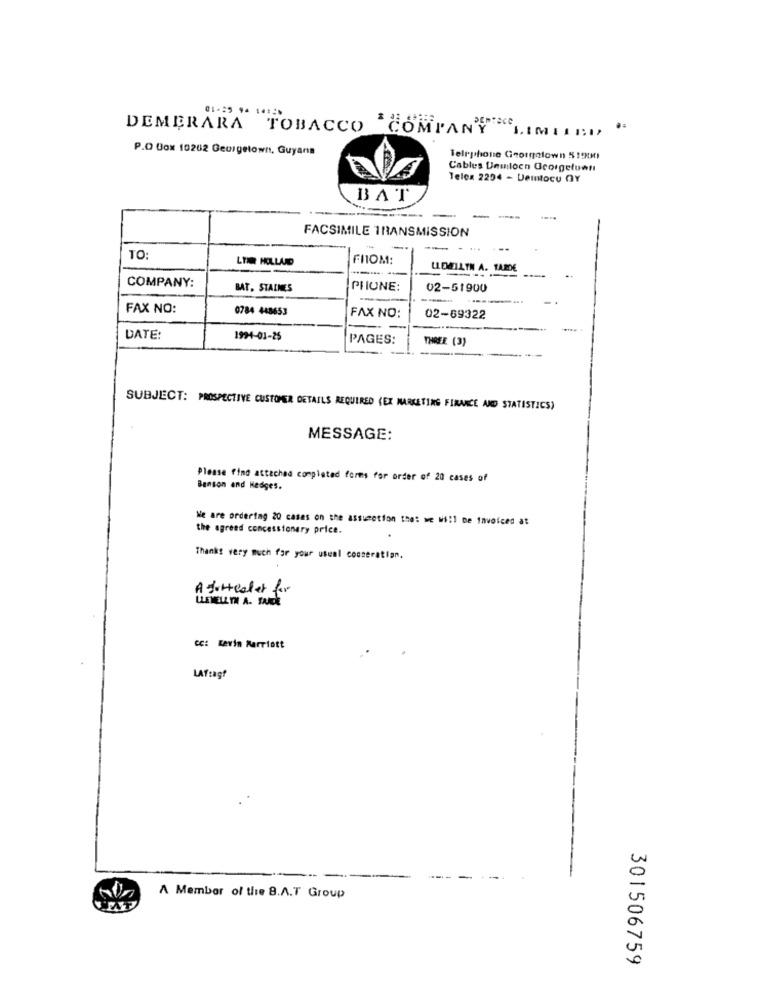
DEMERARA TOBACCO COMPANY LIMITED
P.O Box 10262 Georgetown, Guyana
Telrphone Georgetown 51900
Cables Demlocn Georgeluwtı
Telex 2294 - Demntocu GY
BAT
-
-
FACSIMILE TRANSMISSION
TO:
LINE HOLLARD
FROM:
LLEMILTN A. TARDE
COMPANY:
--
BAT, STAINES
PHONE:
02-51900
FAX NO:
0784 448653
FAX NO:
02-69322
DATE:
1994-01-25
PAGES:
THREE (3)
SUBJECT: PROSPECTIVE CUSTOMER DETAILS REQUIRED (EX MARKETING FINANCE AND STATISTICS)
MESSAGE:
Please find attached completed forms for order of 20 cases of
Benson and Hedges.
We are ordering 20 casas on the assumption that we will be invoiced at
the agreed concessionery price.
Thanks very much for your usual cooperation.
A tuttealet for
LLEMELL TH A. TARDE
cc: Kevin Marriott
LAfagf
A Member of the 8.A.T Group
301506759